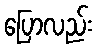
ပြောလည်း